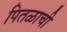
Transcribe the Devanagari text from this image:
पितळाची